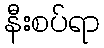
နီးစပ်ရာ